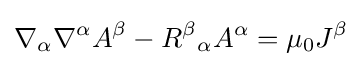
\nabla _{\alpha }\nabla ^{\alpha }A^{\beta }-R^{\beta }{}_{\alpha }A^{\alpha }=\mu _{0}J^{\beta }